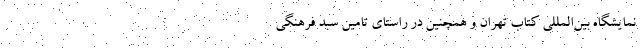
نمایشگاه بین‌المللی کتاب تهران و همچنین در راستای تامین سبد فرهنگی